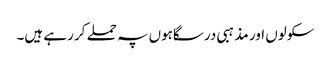
سکولوں اور مذہبی درسگاہوں پہ حملے کر رہے ہیں۔